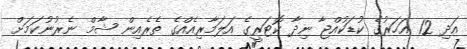
އަދި 12 އަހަރުގެ ކުޑަކުއްޖާ ނިދާ ކޮޓަރީގެ އަލަމާރިއެއްގެ ތެރެއިން ޝާމް ނެރުނުކަމަށް